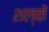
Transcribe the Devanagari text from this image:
शल्कें